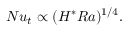
N u _ { t } \propto ( H ^ { * } R a ) ^ { 1 / 4 } .